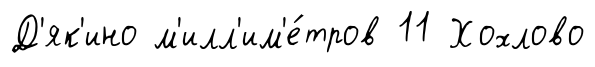
Д'як'ино м'илл'им'е́тров 11 Хохлово